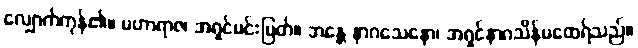
လျှောက်ကုန်၏။ မဟာရာဇ၊ အရှင်မင်းမြတ်။ ဘန္တေ နာဂသေနော၊ အရှင်နာဂသိန်မထေရ်သည်။